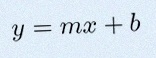
y=mx+b